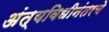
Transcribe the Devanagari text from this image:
अंत्यविधीनंतरचे